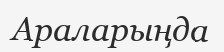
Араларыңда